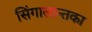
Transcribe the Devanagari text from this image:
सिंगालान्तका